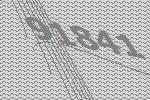
91841